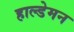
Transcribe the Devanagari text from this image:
हाल्डेमन